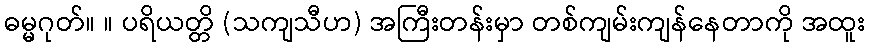
ဓမ္မဂုတ်။ ။ ပရိယတ္တိ (သကျသီဟ) အကြီးတန်းမှာ တစ်ကျမ်းကျန်နေတာကို အထူး